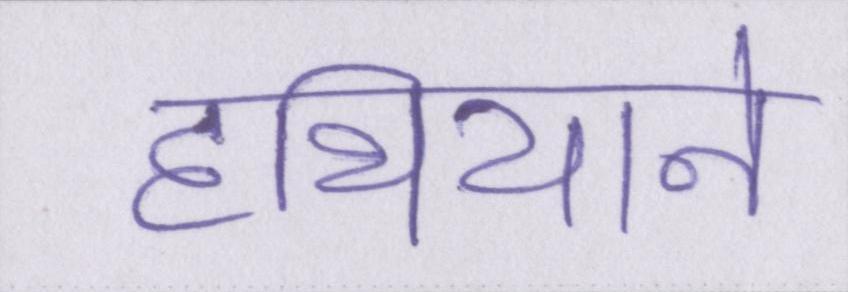
हथियाने